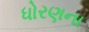
ધોરણના